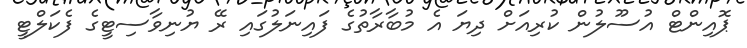
ޕޮއިންޓް އުސޫލުން ކުރިއަށް ދިޔަ އެ މުބާރާތުގެ ފައިނަލުގައި ރޭ ޔުނިވާސިޓީގެ ފެކަލްޓީ